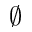
\varnothing